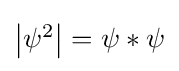
{\textstyle \left\vert \psi ^{2}\right\vert =\psi *\psi }